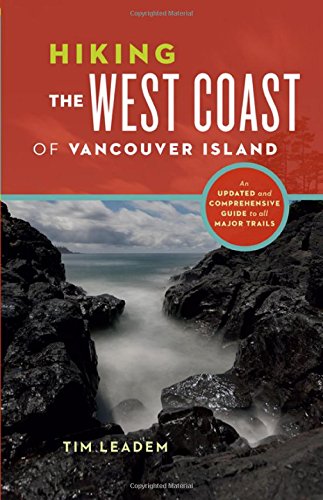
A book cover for Hiking the West Coast of Vancouver Island: An Updated and Comprehensive Trail Guide; Tim Leadem; Travel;